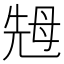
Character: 𱥜